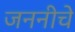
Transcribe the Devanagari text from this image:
जननीचे